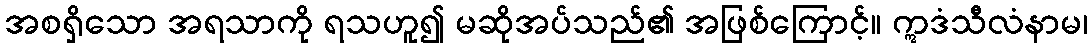
အစရှိသော အရသာကို ရသဟူ၍ မဆိုအပ်သည်၏ အဖြစ်ကြောင့်။ ဣဒံသီလံနာမ၊